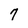
Character: 7